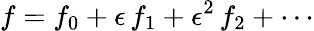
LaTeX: f=f_{0}+\epsilon\, f_{1}+\epsilon^{2}\, f_{2}+\cdots